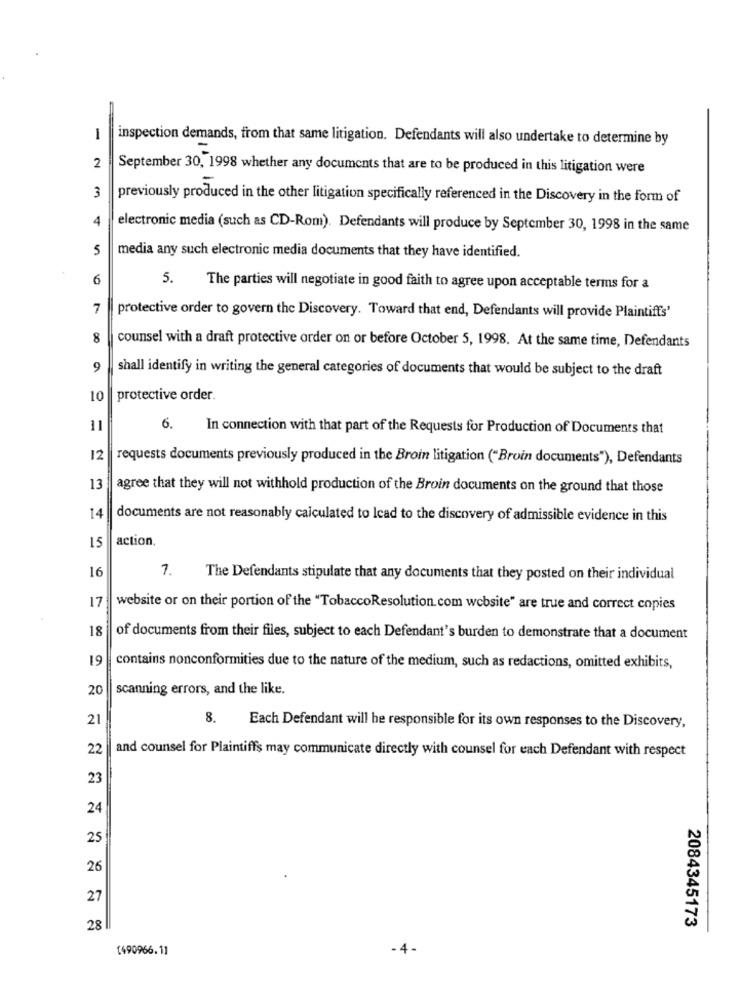
1
inspection demands, from that same litigation. Defendants will also undertake to determine by
-
2
September 30, 1998 whether any documents that are to be produced in this litigation were
3
previously produced in the other litigation specifically referenced in the Discovery in the form of
4
electronic media (such as CD-Rom). Defendants will produce by September 30, 1998 in the same
5
media any such electronic media documents that they have identified.
6
5.
The parties will negotiate in good faith to agree upon acceptable terms for a
7
protective order to govern the Discovery. Toward that end, Defendants will provide Plaintiffs'
8
counsel with a draft protective order on or before October 5, 1998. At the same time, Defendants
9
shall identify in writing the general categories of documents that would be subject to the draft
10
protective order.
11
6.
In connection with that part of the Requests for Production of Documents that
12
requests documents previously produced in the Broin litigation ("Broin documents"), Defendants
13
agree that they will not withhold production of the Broin documents on the ground that those
14
documents are not reasonably calculated to lead to the discovery of admissible evidence in this
action.
15
7.
16
The Defendants stipulate that any documents that they posted on their individual
17
website or on their portion of the "TobaccoResolution com website" are true and correct copies
18
of documents from their files, subject to each Defendant's burden to demonstrate that a document
19
contains nonconformities due to the nature of the medium, such as redactions, omitted exhibits,
20
scanning errors, and the like.
21
8.
Each Defendant will be responsible for its own responses to the Discovery,
22
and counsel for Plaintiffs may communicate directly with counsel for each Defendant with respect
23
24
25
26
27
28
2084345173
1490966.11
-4-